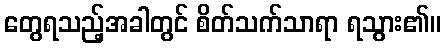
တွေရသည့်အခါတွင် စိတ်သက်သာရာ ရသွား၏။